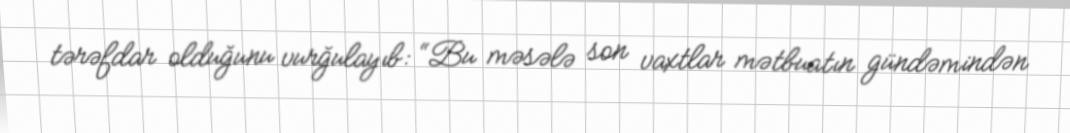
tərəfdar olduğunu vurğulayıb: “Bu məsələ son vaxtlar mətbuatın gündəmindən